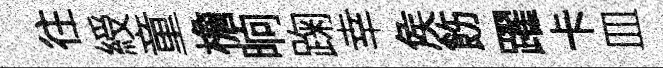
往綬童檐晌踘幸矦飭躍卡皿